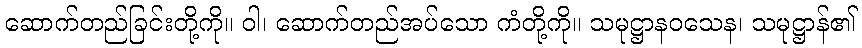
ဆောက်တည်ခြင်းတို့ကို။ ဝါ၊ ဆောက်တည်အပ်သော ကံတို့ကို။ သမုဋ္ဌာနဝသေန၊ သမုဋ္ဌာန်၏